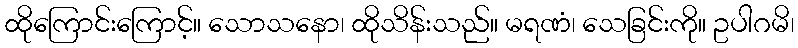
ထိုကြောင်းကြောင့်။ သောသနော၊ ထိုသိန်းသည်။ မရဏံ၊ သေခြင်းကို။ ဥပါဂမိ၊